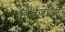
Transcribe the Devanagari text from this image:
कॉलेजचेही